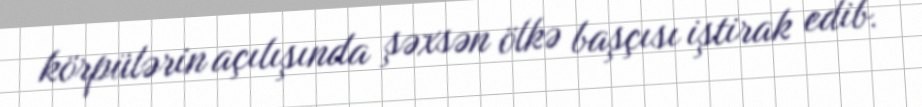
körpülərin açılışında şəxsən ölkə başçısı iştirak edib.